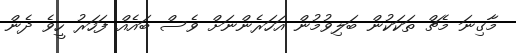
މާގިނަ މެޗް ތަކަކުން ބަލިވުމުން އަހަރެންނަށް ވެސް ބައެއް ފަހަރު ހީވެ ދެން